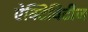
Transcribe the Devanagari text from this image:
ऐक्टिविटीज